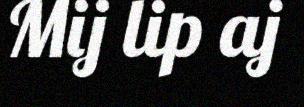
Mij lip aj